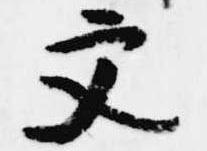
文